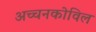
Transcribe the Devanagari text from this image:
अच्चनकोविल